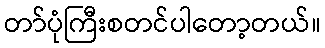
တာ်ပုံကြီးစတင်ပါတော့တယ်။